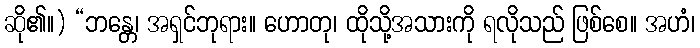
ဆို၏။) “ဘန္တေ၊ အရှင်ဘုရား။ ဟောတု၊ ထိုသို့အသားကို ရလိုသည် ဖြစ်စေ။ အဟံ၊